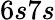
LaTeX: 6s7s